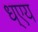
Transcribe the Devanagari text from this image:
ध्एय